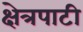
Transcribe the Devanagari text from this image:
क्षेत्रपाटी